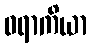
ဝရာကိယာ